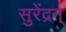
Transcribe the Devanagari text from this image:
सुरेंद्रन्